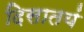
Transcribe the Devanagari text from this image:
दिसातयं